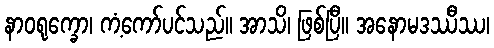
နာဝရုက္ခော၊ ကံ့ကော်ပင်သည်။ အာသိ၊ ဖြစ်ပြီ။ အနောမဒဿီဿ၊